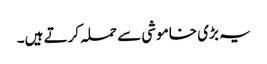
یہ بڑی خاموشی سے حملہ کرتے ہیں۔